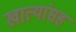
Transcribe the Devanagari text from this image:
खात्यांसह